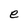
Character: e